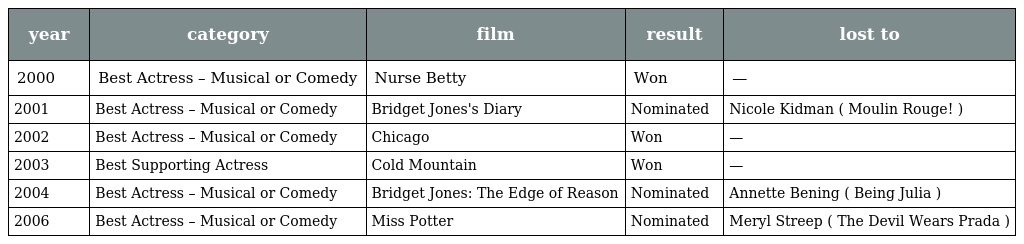
| year | category | film | result | lost to |
 | --- | --- | --- | --- | --- |
 | 2000 | Best Actress – Musical or Comedy | Nurse Betty | Won | — |
 | 2001 | Best Actress – Musical or Comedy | Bridget Jones's Diary | Nominated | Nicole Kidman ( Moulin Rouge! ) |
 | 2002 | Best Actress – Musical or Comedy | Chicago | Won | — |
 | 2003 | Best Supporting Actress | Cold Mountain | Won | — |
 | 2004 | Best Actress – Musical or Comedy | Bridget Jones: The Edge of Reason | Nominated | Annette Bening ( Being Julia ) |
 | 2006 | Best Actress – Musical or Comedy | Miss Potter | Nominated | Meryl Streep ( The Devil Wears Prada ) |